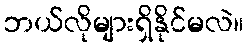
ဘယ်လိုများရှိနိုင်မလဲ။